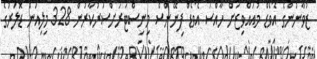
ޒުވާނުންގެ އެވޯޑް މުއައްވިޒަށް ހާއްސަ އެވޯޑް ފިނޭންސް މިނިސްޓަރަށްސަރުކާރުން 328 މިލިއަން ޑޮލަރުގެ